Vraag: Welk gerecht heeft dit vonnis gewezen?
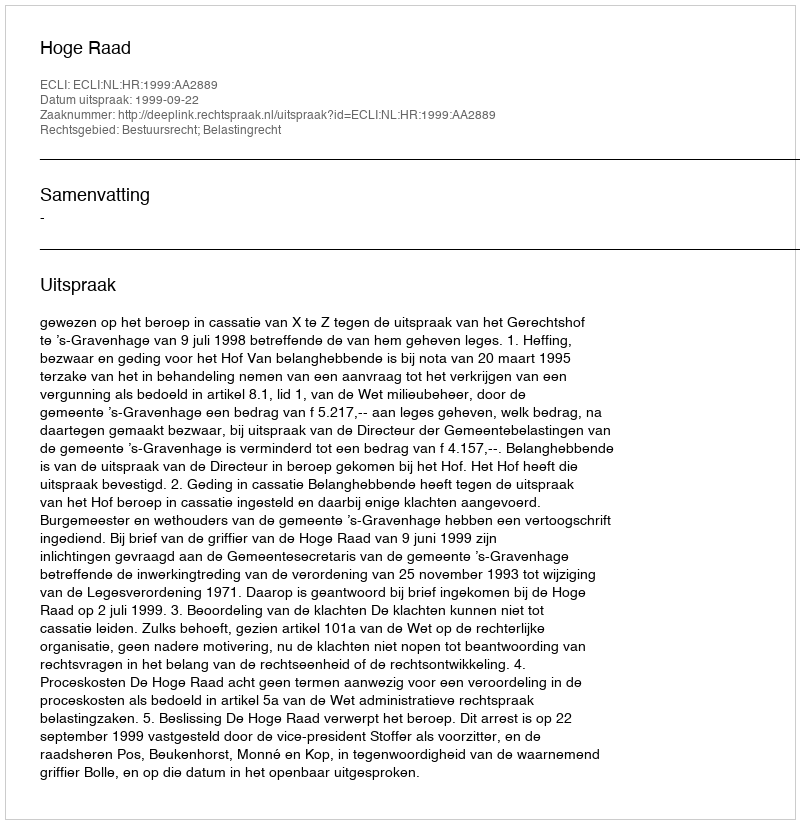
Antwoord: Hoge Raad